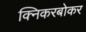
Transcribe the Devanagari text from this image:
क्निकरबोकर